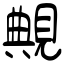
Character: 覥